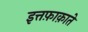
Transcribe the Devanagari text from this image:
इत्तफ़ाक़ाते